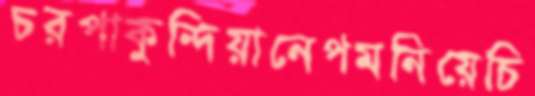
চরপাকুন্দিয়ানেপমনিয়েচি